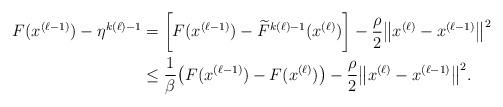
LaTeX: \begin{align*}F(x^{(\ell-1)}) - \eta^{k(\ell)-1} &= \biggl[F(x^{(\ell-1)}) - \widetilde{F}^{k(\ell)-1}(x^{(\ell)})\biggr] - \frac{\rho}{2}\big\|x^{(\ell)} - x^{(\ell-1)}\big\|^2\\ &\leq \frac{1}{\beta}\big(F(x^{(\ell-1)}) - F(x^{(\ell)})\big) - \frac{\rho}{2}\big\|x^{(\ell)} - x^{(\ell-1)}\big\|^2.\end{align*}